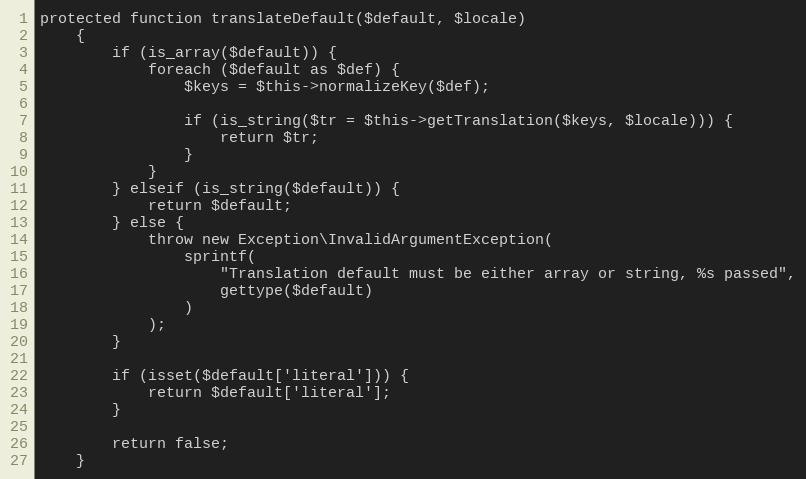
Language: PHP
protected function translateDefault($default, $locale)
    {
        if (is_array($default)) {
            foreach ($default as $def) {
                $keys = $this->normalizeKey($def);

                if (is_string($tr = $this->getTranslation($keys, $locale))) {
                    return $tr;
                }
            }
        } elseif (is_string($default)) {
            return $default;
        } else {
            throw new Exception\InvalidArgumentException(
                sprintf(
                    "Translation default must be either array or string, %s passed",
                    gettype($default)
                )
            );
        }

        if (isset($default['literal'])) {
            return $default['literal'];
        }

        return false;
    }